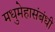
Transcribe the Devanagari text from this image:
मधुमेहासंबंधी